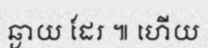
ឆ្ងាយ ដែរ ៕ ហើយ